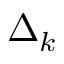
\Delta _ { k }